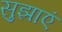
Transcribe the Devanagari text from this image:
सुझाएं